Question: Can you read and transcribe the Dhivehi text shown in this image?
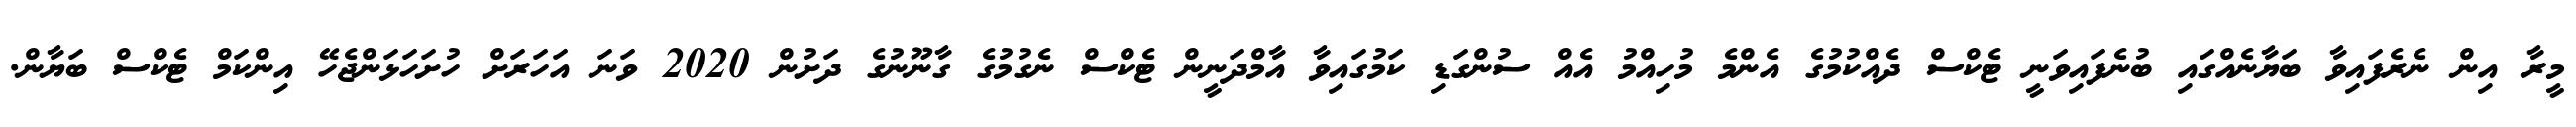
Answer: މީރާ އިން ނެރެފައިވާ ބަޔާނެއްގައި ބުނެފައިވަނީ ޓެކްސް ދެއްކުމުގެ އެންމެ މުހިއްމު އެއް ސުންގަޑި ކަމުގައިވާ އާމްދަނީން ޓެކްސް ނެގުމުގެ ގާނޫނުގެ ދަށުން 2020 ވަނަ އަހަރަށް ހުށަހަޅަންޖެހޭ އިންކަމް ޓެކްސް ބަޔާން.